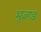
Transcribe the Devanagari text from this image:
भुज्गड